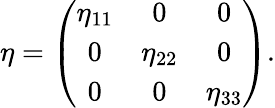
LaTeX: \eta=\left(\begin{array}{ccc}{{\eta_{11}}}&{{0}}&{{0}}\\ {{0}}&{{\eta_{22}}}&{{0}}\\ {{0}}&{{0}}&{{\eta_{33}}}\end{array}\right).